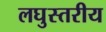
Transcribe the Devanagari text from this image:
लघुस्तरीय